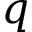
\boldsymbol { q }